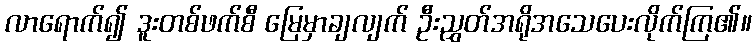
လာရောက်၍ ဒူးတစ်ဖက်စီ မြေမှာချလျက် ဦးညွှတ်အရိုအသေပေးလိုက်ကြ၏။